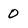
Character: 0